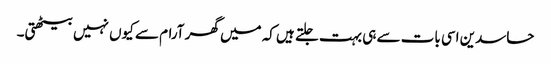
حاسدین اسی بات سے ہی بہت جلتے ہیں کہ میں گھر آرام سے کیوں نہیں بیٹھتی۔